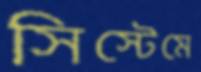
সিস্টেমে